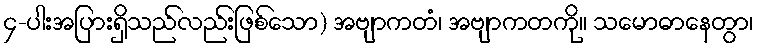
၄-ပါးအပြားရှိသည်လည်းဖြစ်သော) အဗျာကတံ၊ အဗျာကတကို။ သမောဓာနေတွာ၊